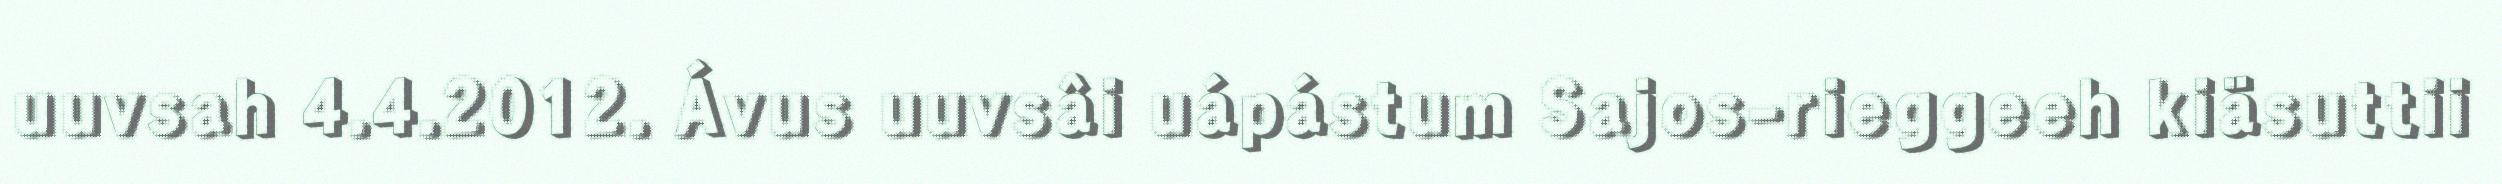
uuvsah 4.4.2012. Ávus uuvsâi uápástum Sajos-rieggeeh kiäsuttii